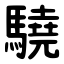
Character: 驍